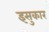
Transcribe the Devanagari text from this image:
इसुकार